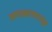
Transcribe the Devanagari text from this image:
चरणस्मरणापासून